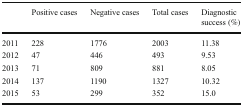
<table><thead><tr><td></td><td><b>Positive cases</b></td><td><b>Negative cases</b></td><td><b>Total cases</b></td><td><b>Diagnostic success (%)</b></td></tr></thead><tbody><tr><td>2011</td><td>228</td><td>1776</td><td>2003</td><td>11.38</td></tr><tr><td>2012</td><td>47</td><td>446</td><td>493</td><td>9.53</td></tr><tr><td>2013</td><td>71</td><td>809</td><td>881</td><td>8.05</td></tr><tr><td>2014</td><td>137</td><td>1190</td><td>1327</td><td>10.32</td></tr><tr><td>2015</td><td>53</td><td>299</td><td>352</td><td>15.0</td></tr></tbody></table>